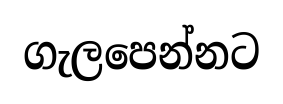
ගැලපෙන්නට